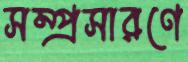
সম্প্রসারণে